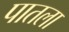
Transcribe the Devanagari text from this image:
पातला